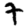
Digit: 7